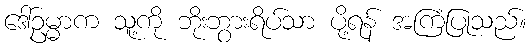
ဒေါ်ဥမ္မာက သူ့ကို ဘိုးဘွားရိပ်သာ ပို့ရန် အကြံပြုသည်။